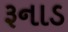
રૂનાડ